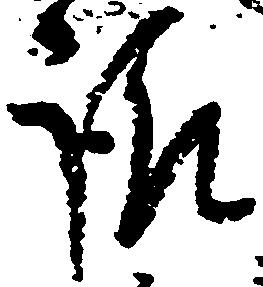
請